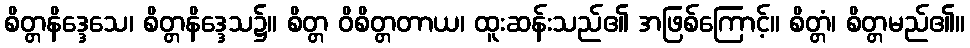
စိတ္တနိဒ္ဒေသေ၊ စိတ္တနိဒ္ဒေသ၌။ စိတ္တ ဝိစိတ္တတာယ၊ ထူးဆန်းသည်၏ အဖြစ်ကြောင့်။ စိတ္တံ၊ စိတ္တမည်၏။